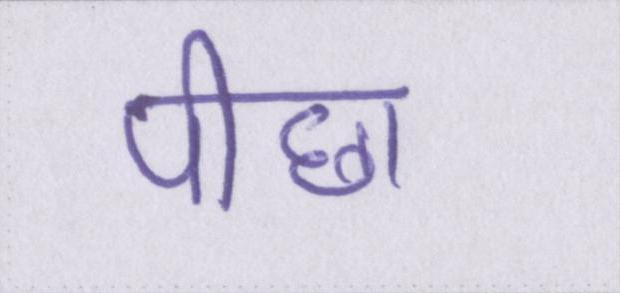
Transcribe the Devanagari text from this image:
पीछा